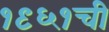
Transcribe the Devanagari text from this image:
१९६१ची